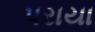
પરાયા